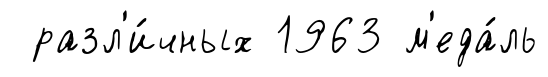
разл'и́чных 1963 м'еда́ль